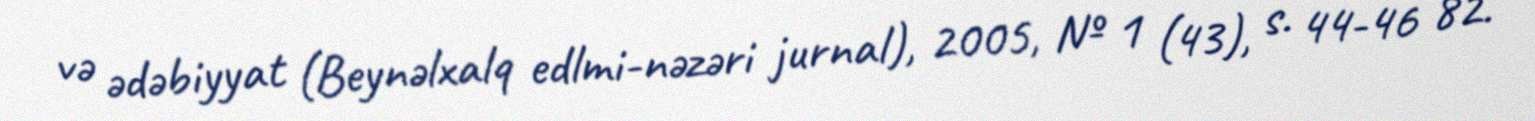
və ədəbiyyat (Beynəlxalq edlmi-nəzəri jurnal), 2005, № 1 (43), s. 44-46 82.